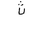
Letter: _tha